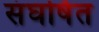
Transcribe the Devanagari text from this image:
संघर्षित